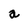
Character: a